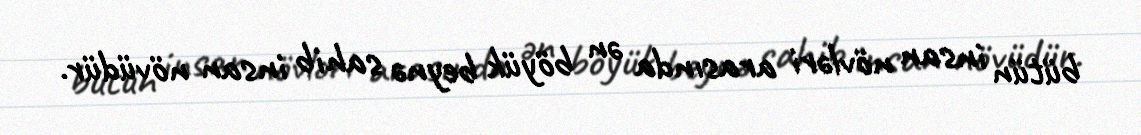
bütün insan növləri arasında ən böyük beynə sahib insan növüdür.